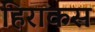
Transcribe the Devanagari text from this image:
हिराकस